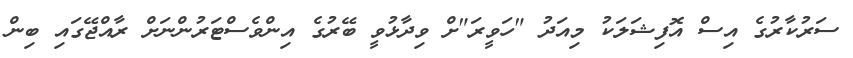
ސަރުކާރުގެ އިސް އޮފިޝަލަކު މިއަދު "ހަވީރަ"ށް ވިދާޅުވީ ބޭރުގެ އިންވެސްޓަރުންނަށް ރާއްޖޭގައި ބިން